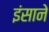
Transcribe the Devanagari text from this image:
इंसाने